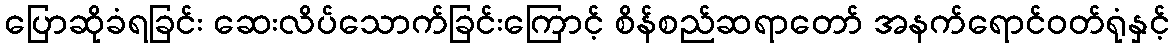
ပြောဆိုခံရခြင်း ဆေးလိပ်သောက်ခြင်းကြောင့် စိန်စည်ဆရာတော် အနက်ရောင်ဝတ်ရုံနှင့်